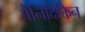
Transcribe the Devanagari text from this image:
बेनिदिक्तिन